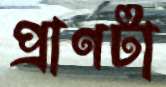
প্রাণটা